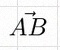
\vec{AB}